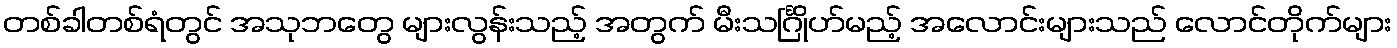
တစ်ခါတစ်ရံတွင် အသုဘတွေ များလွန်းသည့် အတွက် မီးသင်္ဂြိုဟ်မည့် အလောင်းများသည် လောင်တိုက်များ